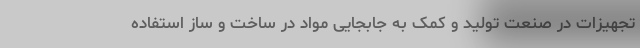
تجهیزات در صنعت تولید و کمک به جابجایی مواد در ساخت و ساز استفاده